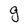
Character: g